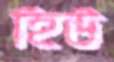
হিউ